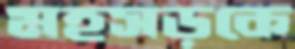
মহসড়কে